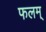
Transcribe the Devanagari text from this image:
फलम्